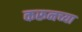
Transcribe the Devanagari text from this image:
करूनच्या